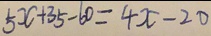
5 x + 3 5 - 6 0 = 4 x - 2 0